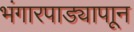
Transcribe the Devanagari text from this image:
भंगारपाड्यापाून